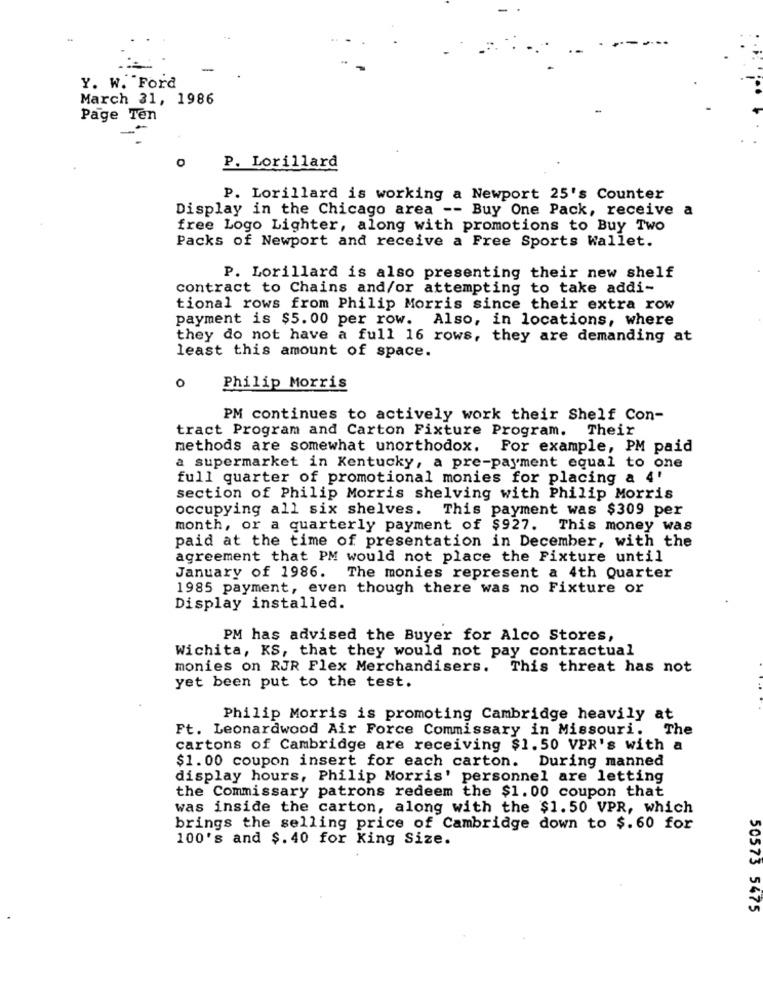
-4
-
Y. W. Ford
March 31, 1986
Page Ten
P. Lorillard
P. Lorillard is working a Newport 25's Counter
Display in the Chicago area -- Buy One Pack, receive a
free Logo Lighter, along with promotions to Buy Two
Packs of Newport and receive a Free Sports Wallet.
P. Lorillard is also presenting their new shelf
contract to Chains and/or attempting to take addi-
tional rows from Philip Morris since their extra row
payment is $5.00 per row. Also, in locations, where
they do not have a full 16 rows, they are demanding at
least this amount of space.
0
Philip Morris
PM continues to actively work their Shelf Con-
tract Program and Carton Fixture Program.
Their
methods are somewhat unorthodox.
For example, PM paid
a supermarket in Kentucky, a pre-payment equal to one
full quarter of promotional monies for placing a 4'
section of Philip Morris shelving with Philip Morris
occupying all six shelves.
This payment was $309 per
month, or a quarterly payment of $927. This money was
paid at the time of presentation in December, with the
agreement that PM would not place the Fixture until
January of 1986. The monies represent a 4th Quarter
1985 payment, even though there was no Fixture or
Display installed.
PM has advised the Buyer for Alco Stores,
Wichita, KS, that they would not pay contractual
monies on RJR Flex Merchandisers. This threat has not
yet been put to the test.
Philip Morris is promoting Cambridge heavily at
Ft. Leonardwood Air Force Commissary in Missouri. The
cartons of Cambridge are receiving $1.50 VPR's with a
$1.00 coupon insert for each carton. During manned
display hours, Philip Morris' personnel are letting
the Commissary patrons redeem the $1.00 coupon that
was inside the carton, along with the $1.50 VPR, which
brings the selling price of Cambridge down to $.60 for
100's and $.40 for King Size.
50573 5475